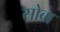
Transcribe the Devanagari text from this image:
सोबा